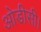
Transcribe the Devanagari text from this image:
ओडीसी।